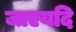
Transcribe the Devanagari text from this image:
जाएयदि